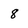
Character: 8